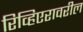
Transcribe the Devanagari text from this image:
रिव्हिएरावरील